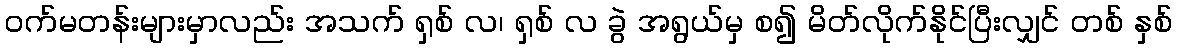
ဝက်မတန်းများမှာလည်း အသက် ရှစ် လ၊ ရှစ် လ ခွဲ အရွယ်မှ စ၍ မိတ်လိုက်နိုင်ပြီးလျှင် တစ် နှစ်